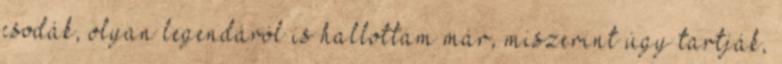
csodák, olyan legendáról is hallottam már, miszerint úgy tartják,